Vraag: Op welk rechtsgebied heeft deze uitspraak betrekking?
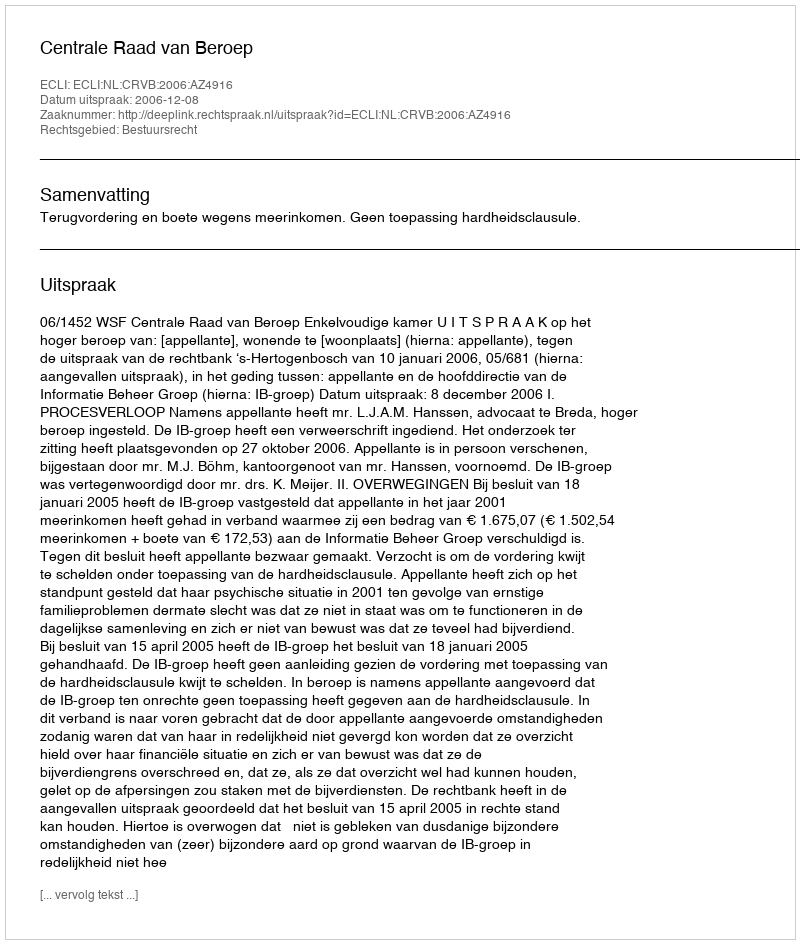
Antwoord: Bestuursrecht